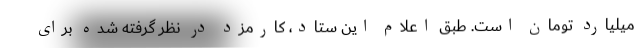
میلیارد تومان است. طبق اعلام این ستاد، کارمزد در نظر گرفته شده برای